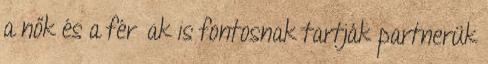
a nők és a férﬁak is fontosnak tartják partnerük